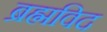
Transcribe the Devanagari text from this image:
ब्रह्मविद